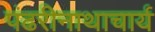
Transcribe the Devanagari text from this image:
पंढरीनाथाचार्य